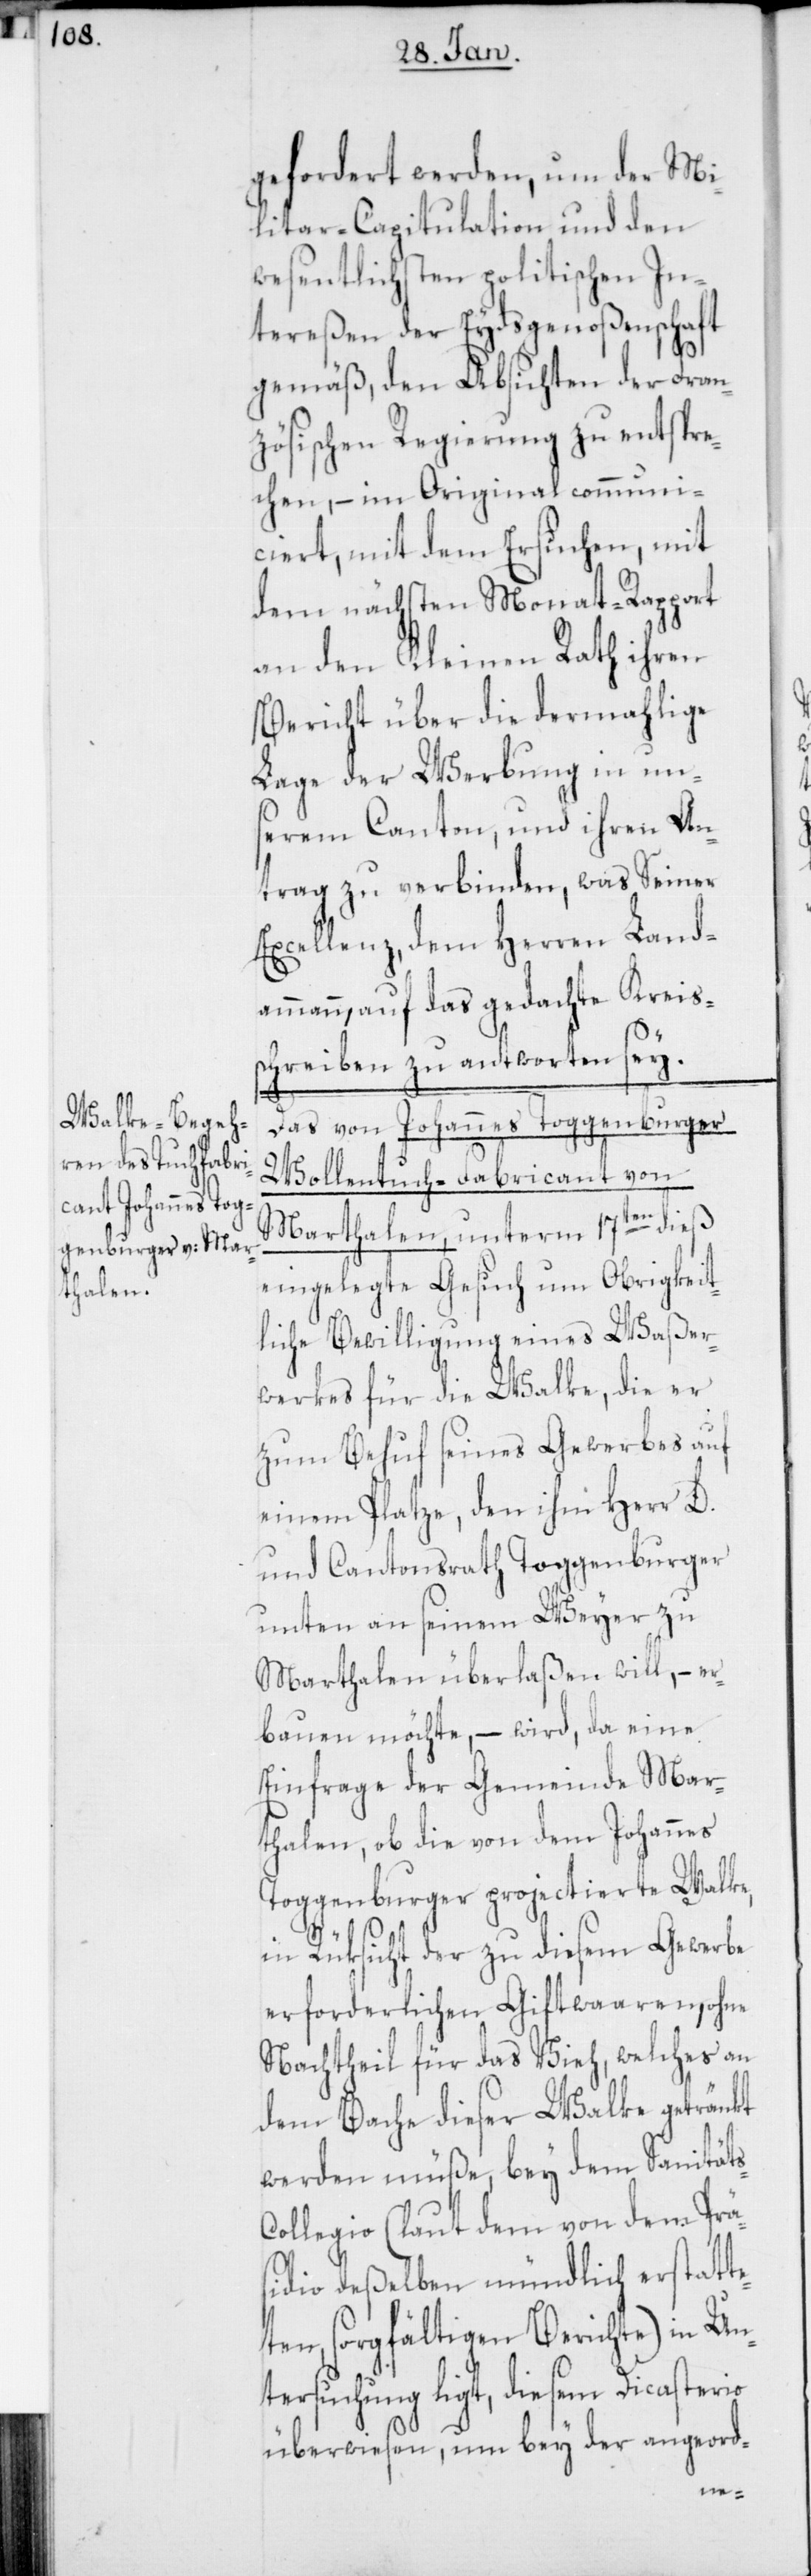
s-C¬

gefordert werden, um der Mi¬
litar-Capitulation und den
wesentlichsten politischen In¬
tereßen der Eydsgenoßenschaft
gemäß, den Absichten der Fran¬
zösischen Regierung zu entspre¬
chen, – im Original communi¬
ciert, mit dem Ersuchen, mit
dem nächsten Monat-Rapport
an den Kleinen Rath ihren
Bericht über die dermahlige
Lage der Werbung in uns¬
erem Canton, und ihren An¬
trag zu verbinden, was Seiner
Excellenz, dem Herren Land¬
ammann, auf das gedachte Kreis¬
schreiben zu antworten sey.
Das von Johannes Toggenburger,
Wollentuch-Fabricant von
Marthalen, unterm 17ten dieß
eingelegte Gesuch um Obrigkeit¬
liche Bewilligung eines Waßer¬
werkes für die Walke, die er
zum Behuf seines Gewerbes auf
einem Platze, den ihm Herr D.
und Cantonsrath Toggenburger
unten an seinem Weyher zu
Marthalen überlaßen will, – er¬
bauen möchte, – wird, da eine
Einfrage der Gemeinde Mar¬
thalen, ob die von dem Johannes
Toggenburger projectierte Walke,
in Rüksicht der zu diesem Gewerbe
erforderlichen Giftwaaren, ohne
Nachtheil für das Vieh, welches an
dem Bache dieser Walke getränkt
werden müße, bey dem Sanität¬
ollegio (laut dem von dem Prä¬
sidio deßelben mündlich erstatt¬
eten, sorgfältigen Berichte) in Un¬
tersuchung ligt, diesem Dicasterio
überwiesen, um bey der angeord-